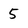
Character: 5